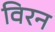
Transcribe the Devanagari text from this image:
विरन